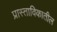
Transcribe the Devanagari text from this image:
प्रास्ताविकातील